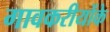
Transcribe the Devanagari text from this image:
गावकरीयोंके